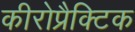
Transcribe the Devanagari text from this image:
कीरोप्रैक्टिक